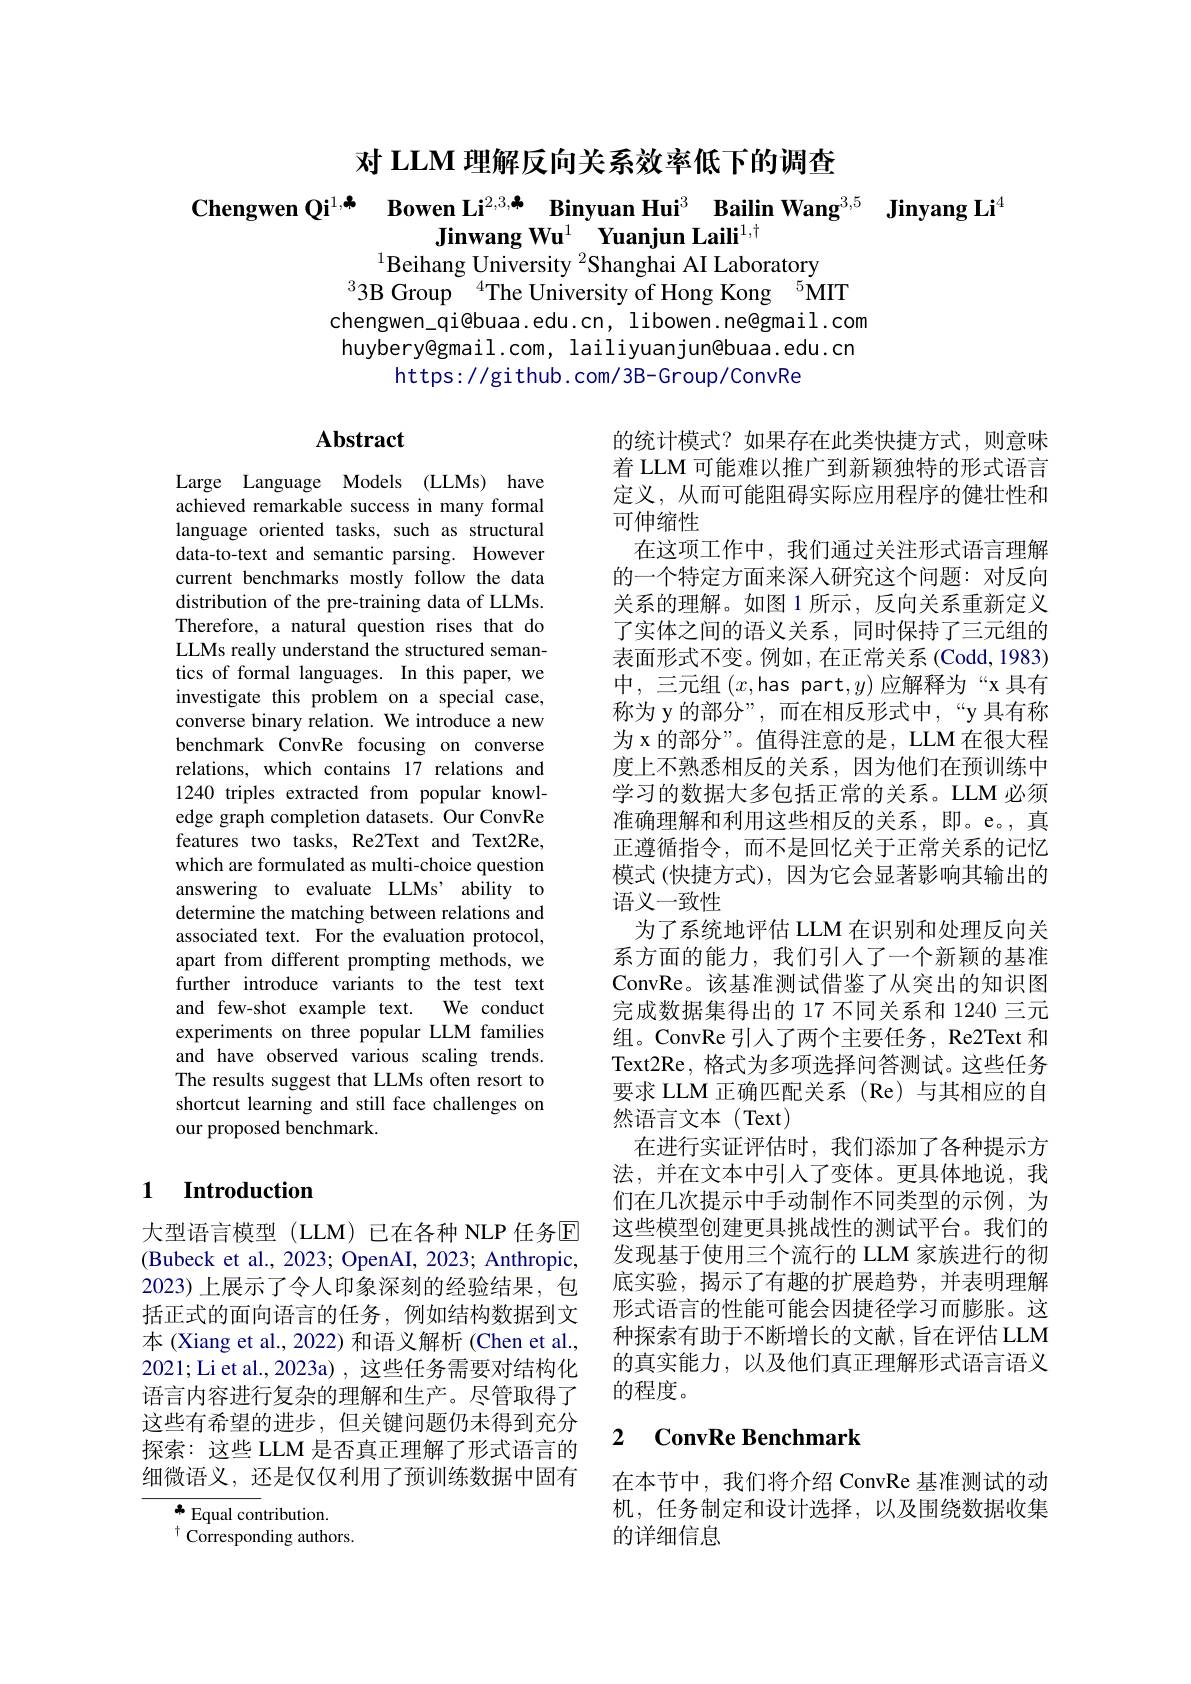
对 LLM 理解反向关系效率低下的调查

$\textbf{Chengwen Qi}^{1, \clubsuit }$ $\textbf{Bowen Li}^{2, 3, \clubsuit }$ $\textbf{Binyuan Hui}^{3}$ $\textbf{Bailin Wang}^{3, 5}$ $\textbf{Jinyang Li}^{4}$
Jinwang Wu$^1$ Yuanjun Laili$^1,\dagger$
$^{1}$Beihang University $^2$Shanghai AI Laboratory
$^{3}$3B Group$^{4}$The University of Hong Kong$^{5}$MIT chengwen\_qi@buaa.edu.cn, libowen.ne@gmail.com huybery@gmail.com, lailiyuanjun@buaa.edu.cn
https://github.com/3B-Group/ConvRe

# Abstract

Large Language Models (LLMs) have achieved remarkable success in many formal language oriented tasks, such as structural data-to-text and semantic parsing. However current benchmarks mostly follow the data distribution of the pre-training data of LLMs. Therefore, a natural question rises that do LLMs really understand the structured semantics of formal languages. In this paper, we investigate this problem on a special case, converse binary relation. We introduce a new benchmark ConvRe focusing on converse relations, which contains 17 relations and 1240 triples extracted from popular knowledge graph completion datasets. Our ConvRe features two tasks, Re2Text and Text2Re, which are formulated as multi-choice question answering to evaluate LLMs' ability to determine the matching between relations and associated text. For the evaluation protocol, apart from different prompting methods, we further introduce variants to the test text and few-shot example text. We conduct experiments on three popular LLM families and have observed various scaling trends. The results suggest that LLMs often resort to shortcut learning and still face challenges on our proposed benchmark.

的统计模式？如果存在此类快捷方式，则意味着 LLM 可能难以推广到新颖独特的形式语言定义，从而可能阻碍实际应用程序的健壮性和可伸缩性
在这项工作中，我们通过关注形式语言理解的一个特定方面来深人研究这个问题：对反向关系的理解。如图 1 所示，反向关系重新定义了实体之间的语义关系，同时保持了三元组的表面形式不变。例如，在正常关系(Codd,1983) 中，三元组$(x$,has part$,y)$应解释为“x具有称为 y 的部分”, 而在相反形式中，“y 具有称为 x 的部分”。值得注意的是，LLM 在很大程度上不熟悉相反的关系，因为他们在预训练中学习的数据大多包括正常的关系。LLM 必须准确理解和利用这些相反的关系，即。e。,真正遵循指令，而不是回忆关于正常关系的记忆模式 (快捷方式), 因为它会显著影响其输出的语义一致性
为了系统地评估 LLM 在识别和处理反向关系方面的能力，我们引人了一个新颖的基准ConvRe。该基准测试借鉴了从突出的知识图完成数据集得出的 17 不同关系和 1240 三元组。ConvRe 引人了两个主要任务，Re2Text 和Text2Re, 格式为多项选择问答测试。这些任务要求 LLM 正确匹配关系 (Re) 与其相应的自然语言文本(Text)
在进行实证评估时，我们添加了各种提示方法，并在文本中引人了变体。更具体地说，我们在几次提示中手动制作不同类型的示例，为这些模型创建更具挑战性的测试平台。我们的发现基于使用三个流行的 LLM 家族进行的彻底实验，揭示了有趣的扩展趋势，并表明理解形式语言的性能可能会因捷径学习而膨胀。这种探索有助于不断增长的文献，旨在评估 LLM 的真实能力，以及他们真正理解形式语言语义的程度。

### $\textbf{1}{\textbf{Introduction}}$

大型语言模型(LLM)已在各种 NLP 任务回(Bubeck et al., 2023; OpenAI, 2023; Anthropic, 2023)上展示了令人印象深刻的经验结果，包括正式的面向语言的任务，例如结构数据到文本 (Xiang et al., 2022) 和语义解析 (Chen et al., 2021;Li et al., 2023a) , 这些任务需要对结构化语言内容进行复杂的理解和生产。尽管取得了这些有希望的进步，但关键问题仍未得到充分探索：这些 LLM 是否真正理解了形式语言的细微语义，还是仅仅利用了预训练数据中固有

## 2 $\textbf{ConvRe Benchmark}$

在本节中，我们将介绍 ConvRe 基准测试的动机，任务制定和设计选择，以及围绕数据收集的详细信息

$^{*}$ Equal contribution.
$^{\dagger}{\mathrm{~Corresponding~authors}}$